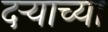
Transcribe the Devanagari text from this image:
दर्‍याच्या